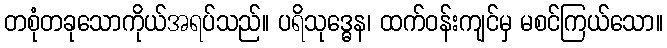
တစုံတခုသောကိုယ်အရပ်သည်။ ပရိသုဒ္ဓေန၊ ထက်ဝန်းကျင်မှ မစင်ကြယ်သော။